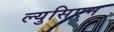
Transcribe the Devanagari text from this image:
ल्युसिएन